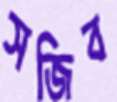
সজিব